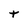
Character: t